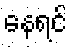
နေရင်